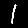
Digit: 1